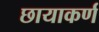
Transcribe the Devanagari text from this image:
छायाकर्ण